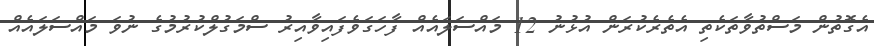
އެގޮތުން މަސްތުވާތަކެތި އެތެރެކުރަން އުޅުނު 12 މައްސަލައެއް ފާހަގަވެފައިވާއިރު ސްމަގުލްކުރުމުގެ ނުވަ މައްސަލައެއް